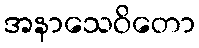
အနာသေဝိတော